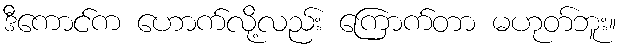
ဒီကောင်က ဟောက်လို့လည်း ကြောက်တာ မဟုတ်ဘူး။